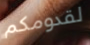
لقدومكم